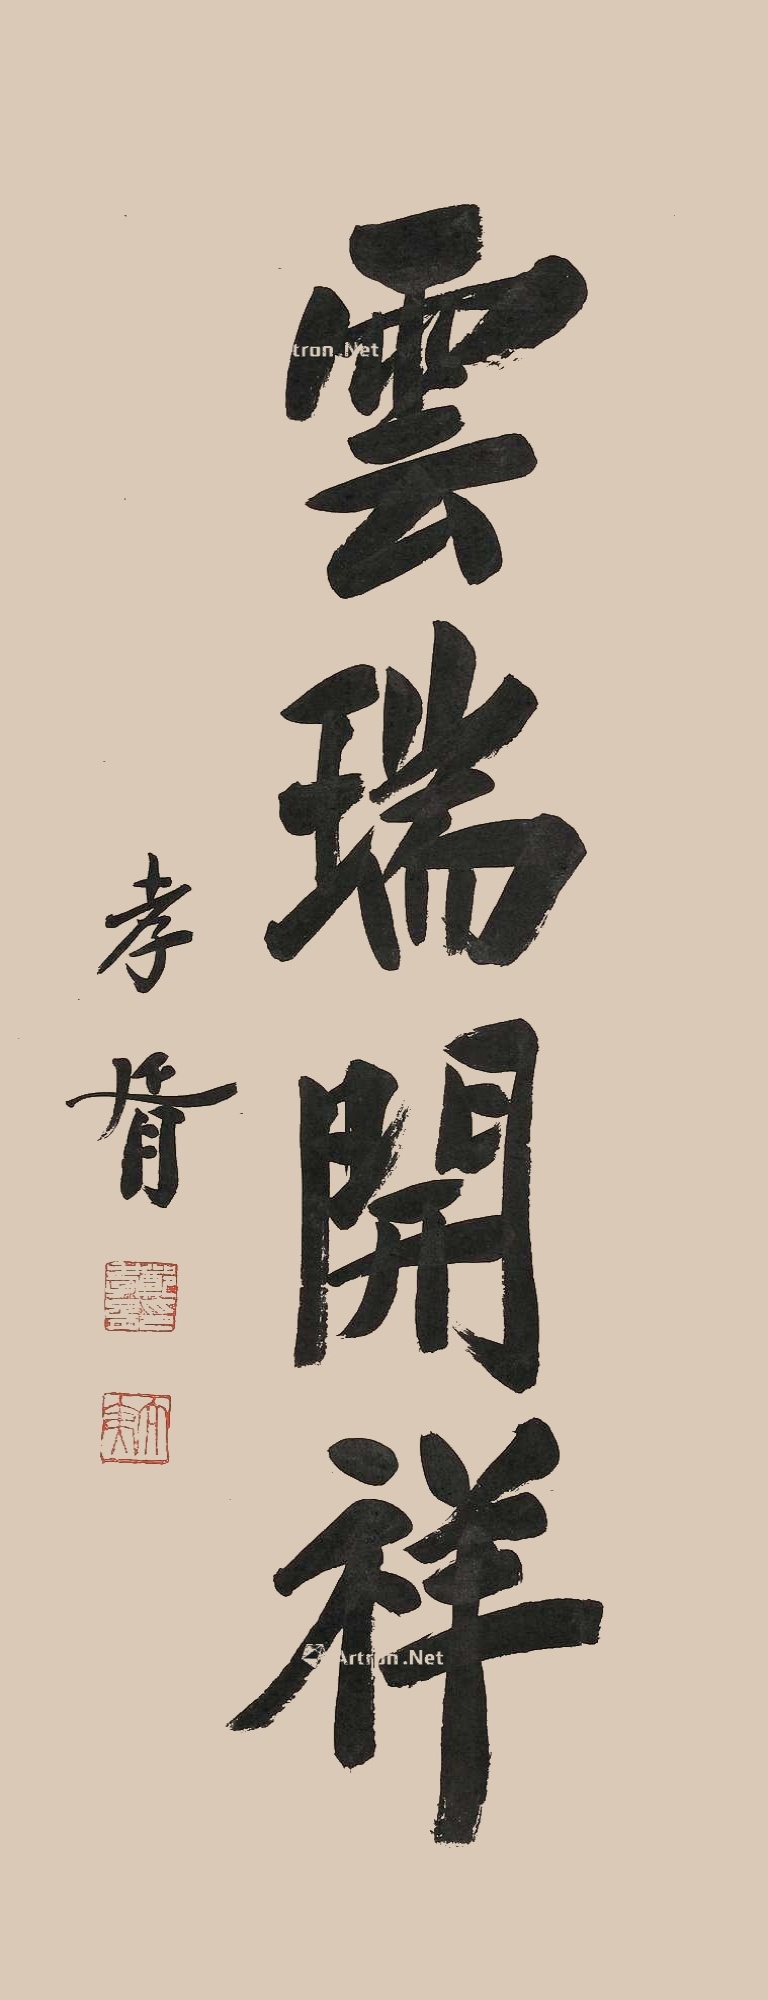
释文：云瑞开祥孝胥。